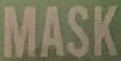
MASK